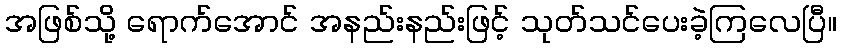
အဖြစ်သို့ ရောက်အောင် အနည်းနည်းဖြင့် သုတ်သင်ပေးခဲ့ကြလေပြီ။